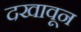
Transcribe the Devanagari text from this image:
दखावून